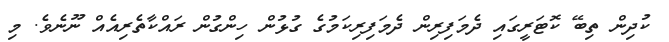
ކުދިން ތިބޭ ކޮޓަރީގައި ދެމަފިރިން ދެމަފިރިކަމުގެ ގުޅުން ހިންގުން ރައްކާތެރިއެއް ނޫނެވެ. މި